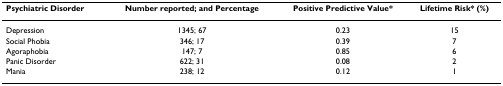
| Psychiatric Disorder | Number reported; and Percentage | Positive Predictive Value* | Lifetime Risk* (%) |
 | --- | --- | --- | --- |
 | Depression | 1345; 67 | 0.23 | 15 |
 | Social Phobia | 346; 17 | 0.39 | 7 |
 | Agoraphobia | 147; 7 | 0.85 | 6 |
 | Panic Disorder | 622; 31 | 0.08 | 2 |
 | Mania | 238; 12 | 0.12 | 1 |